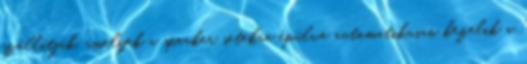
szállítják, amelyek a speaker setekre épülve automatikusan kezelik a